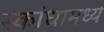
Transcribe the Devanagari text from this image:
स्कांधामध्ये